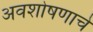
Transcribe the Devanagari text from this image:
अवशोषणाचे